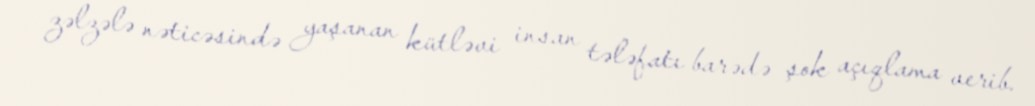
zəlzələ nəticəsində yaşanan kütləvi insan tələfatı barədə şok açıqlama verib.